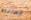
جعلناه